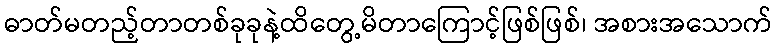
ဓာတ်မတည့်တာတစ်ခုခုနဲ့ထိတွေ့မိတာကြောင့်ဖြစ်ဖြစ်၊ အစားအသောက်